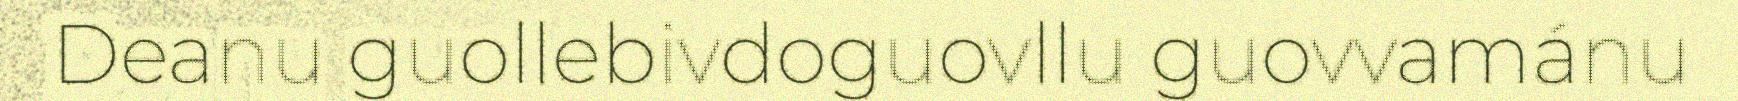
Deanu guollebivdoguovllu guovvamánu